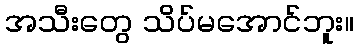
အသီးတွေ သိပ်မအောင်ဘူး။